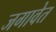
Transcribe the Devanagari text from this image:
जगावेत